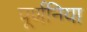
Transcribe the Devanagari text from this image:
पूर्णनिया